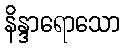
နိန္ဒာရောသော